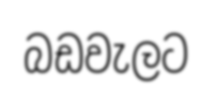
බඩවැලට